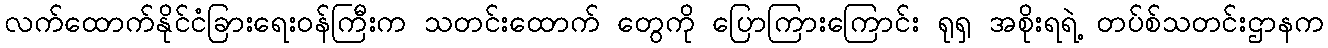
လက်ထောက်နိုင်ငံခြားရေးဝန်ကြီးက သတင်းထောက် တွေကို ပြောကြားကြောင်း ရုရှ အစိုးရရဲ့ တပ်စ်သတင်းဌာနက